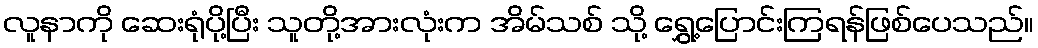
လူနာကို ဆေးရုံပို့ပြီး သူတို့အားလုံးက အိမ်သစ် သို့ ရွှေ့ပြောင်းကြရန်ဖြစ်ပေသည်။